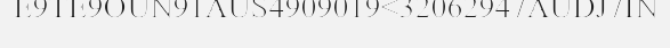
E9TE9OUN91AUS4909019<32062947AUDJ7IN